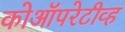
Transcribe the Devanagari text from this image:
कोऑपरेटीव्ह